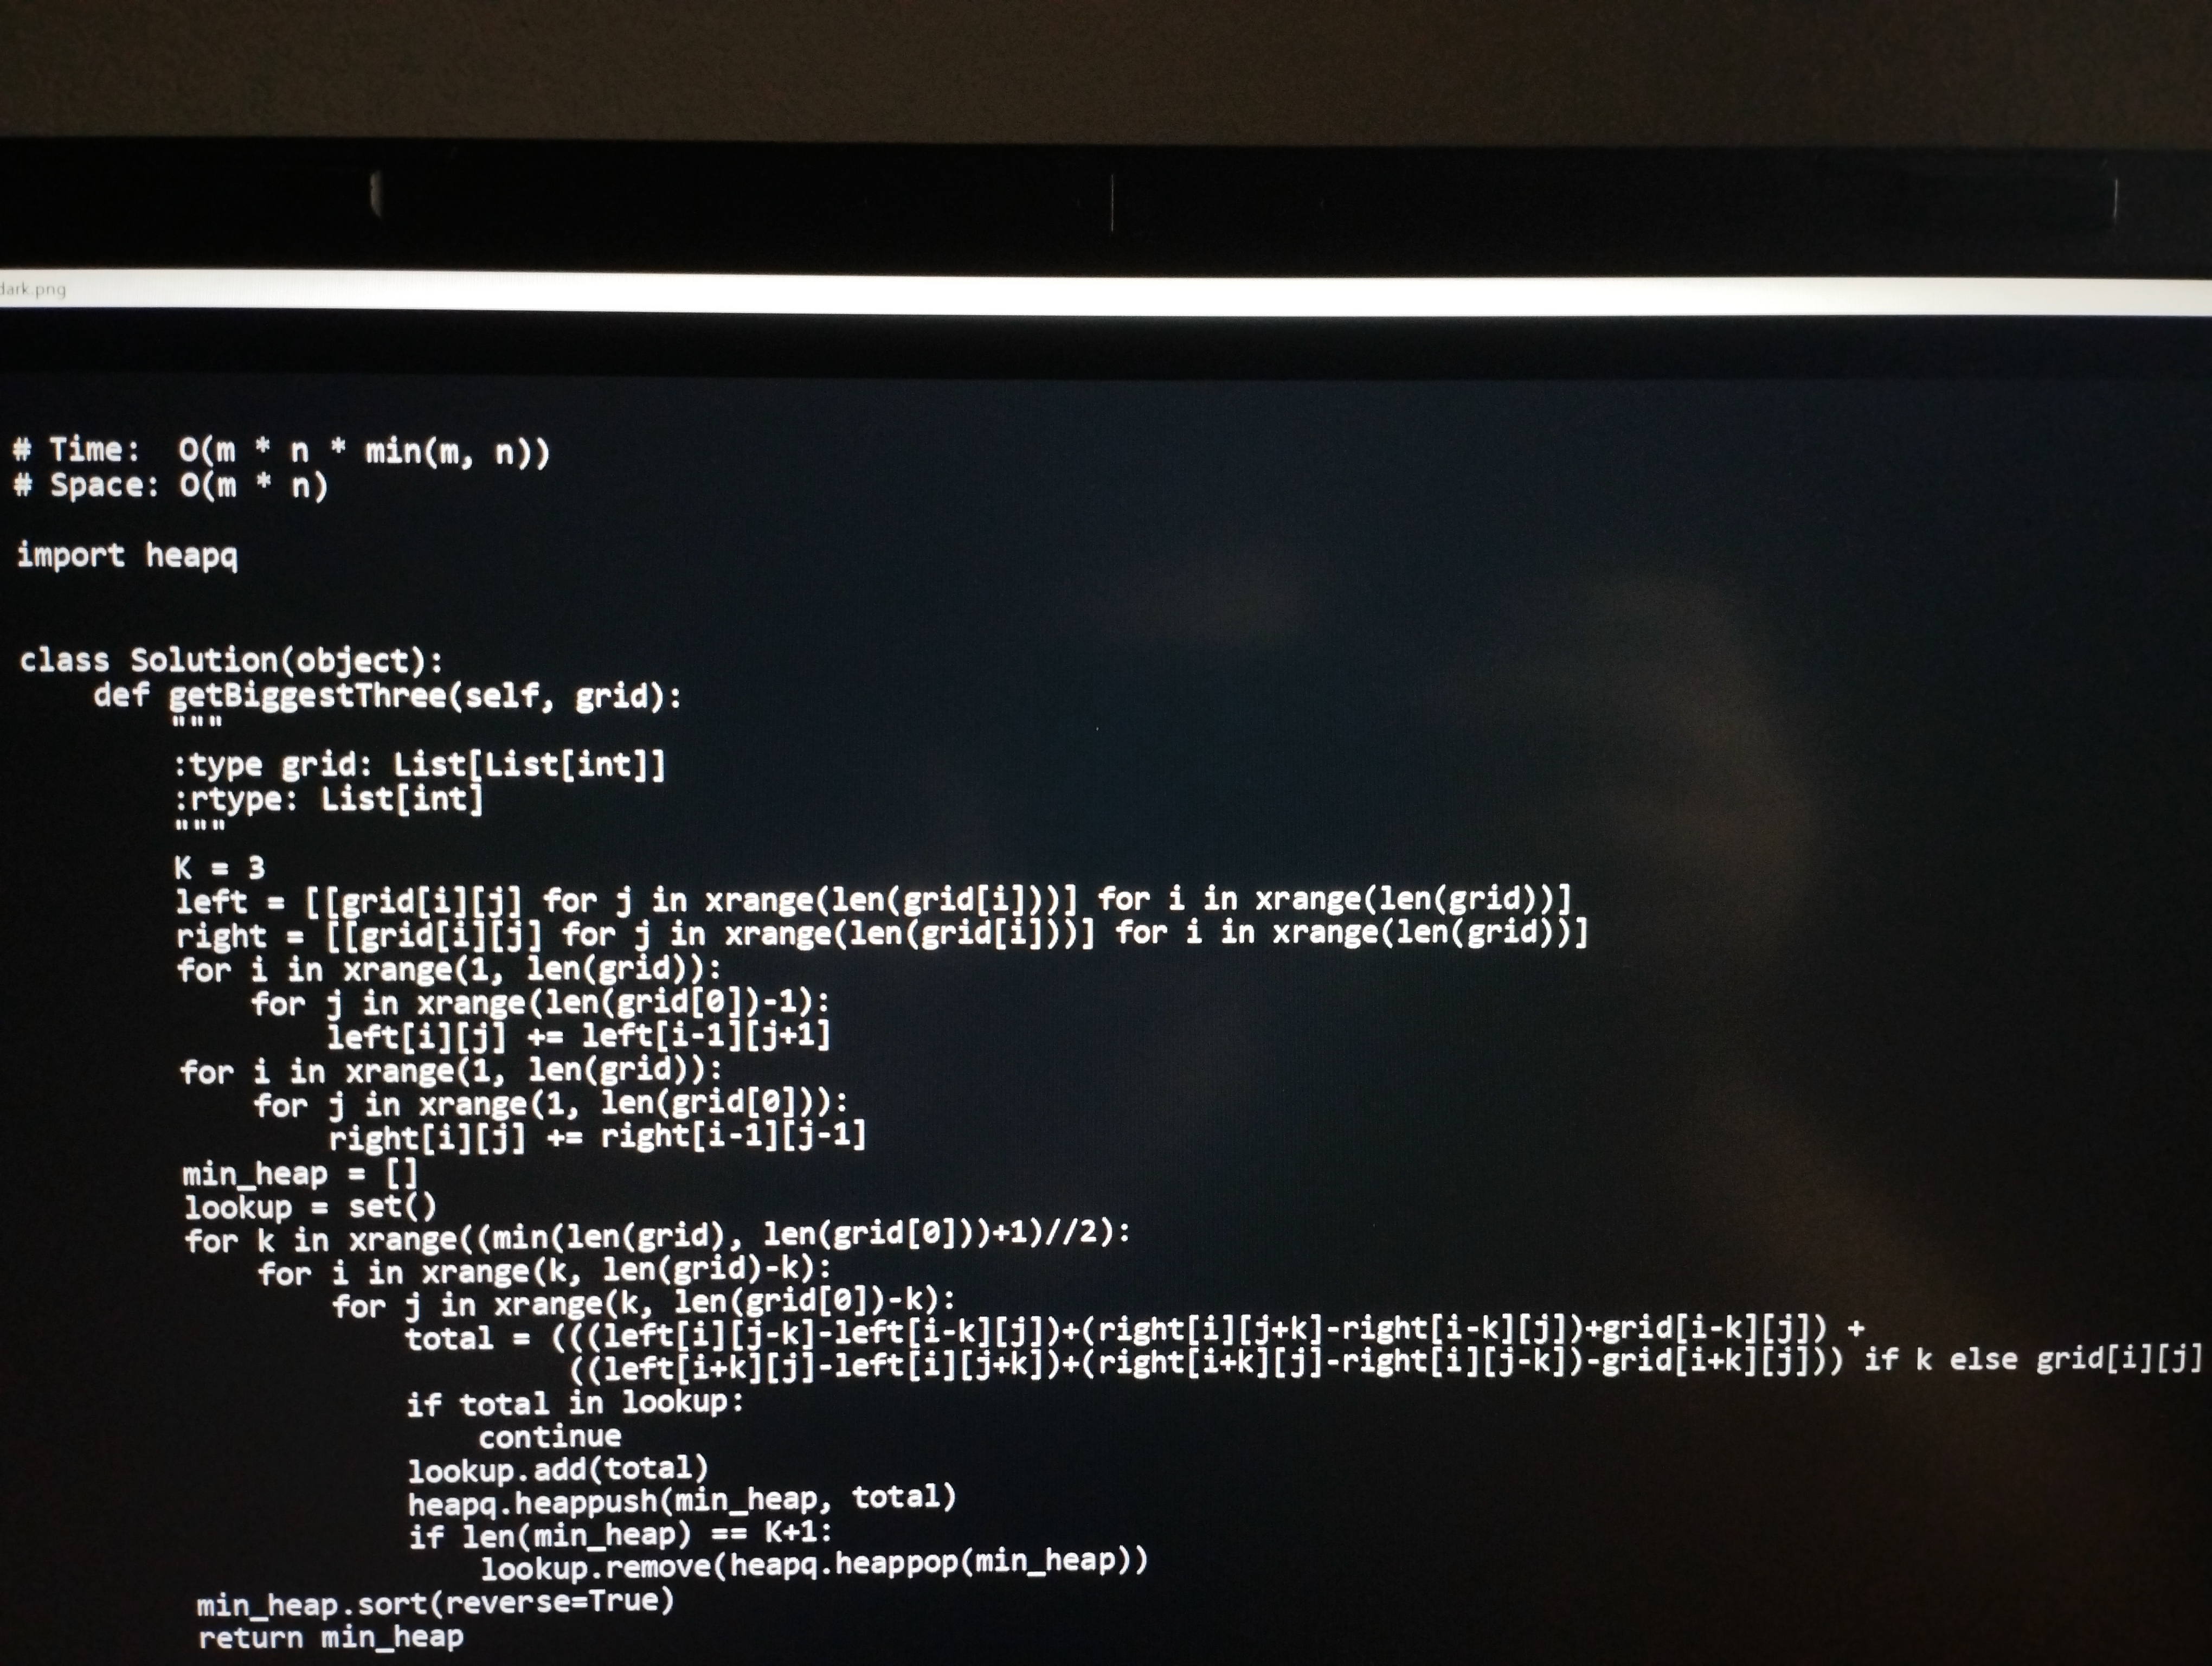
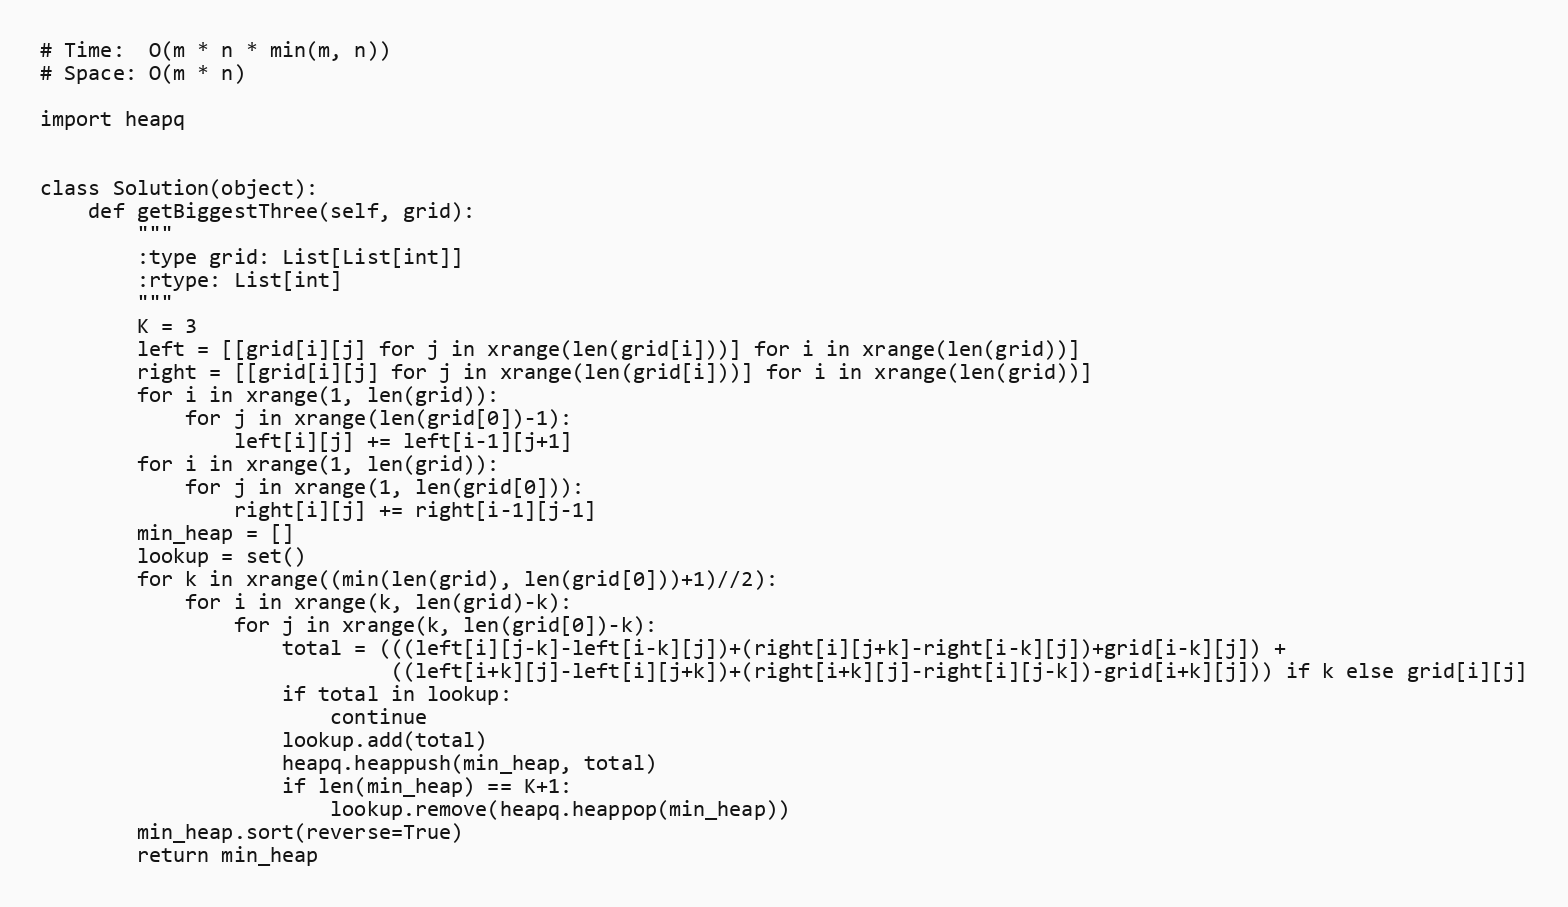
# Time:  O(m * n * min(m, n))
# Space: O(m * n)

import heapq

class Solution(object):
    def getBiggestThree(self, grid):
        """
        :type grid: List[List[int]]
        :rtype: List[int]
        """
        K = 3
        left = [[grid[i][j] for j in xrange(len(grid[i]))] for i in xrange(len(grid))]
        right = [[grid[i][j] for j in xrange(len(grid[i]))] for i in xrange(len(grid))]
        for i in xrange(1, len(grid)):
            for j in xrange(len(grid[0])-1):
                left[i][j] += left[i-1][j+1]
        for i in xrange(1, len(grid)):
            for j in xrange(1, len(grid[0])):
                right[i][j] += right[i-1][j-1]
        min_heap = []
        lookup = set()
        for k in xrange((min(len(grid), len(grid[0]))+1)//2):
            for i in xrange(k, len(grid)-k):
                for j in xrange(k, len(grid[0])-k):
                    total = (((left[i][j-k]-left[i-k][j])+(right[i][j+k]-right[i-k][j])+grid[i-k][j]) +
                             ((left[i+k][j]-left[i][j+k])+(right[i+k][j]-right[i][j-k])-grid[i+k][j])) if k else grid[i][j]
                    if total in lookup:
                        continue
                    lookup.add(total)
                    heapq.heappush(min_heap, total)
                    if len(min_heap) == K+1:
                        lookup.remove(heapq.heappop(min_heap))
        min_heap.sort(reverse=True)
        return min_heap